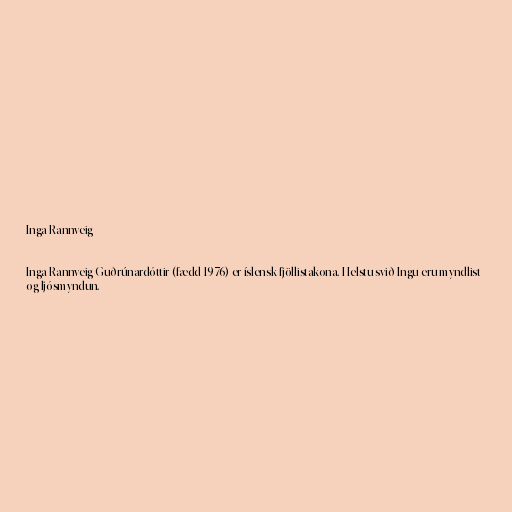
Inga Rannveig

Inga Rannveig Guðrúnardóttir (fædd 1976) er íslensk fjöllistakona. Helstu svið Ingu eru myndlist
og ljósmyndun.